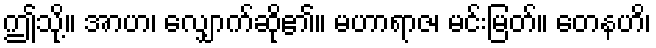
ဤသို့။ အာဟ၊ လျှောက်ဆို၏။ မဟာရာဇ၊ မင်းမြတ်။ တေနဟိ၊